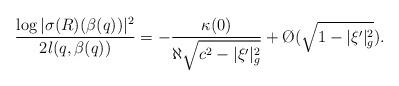
LaTeX: \begin{align*} \frac{\log |\sigma(R)(\beta(q))|^2}{2l(q,\beta(q))}&=-\frac{\kappa(0)}{\aleph\sqrt{c^2-|\xi'|^2_g}}+\O{}(\sqrt{1-|\xi'|^2_g}).\end{align*}